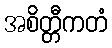
အစိတ္တီကတံ